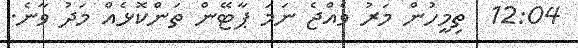
12:04  ތިމީހުން މަރު ވެެެއްޖެ ނަމަ ޕާޓޭން ތަންކޮޅެއް މަދު ވާނެ.